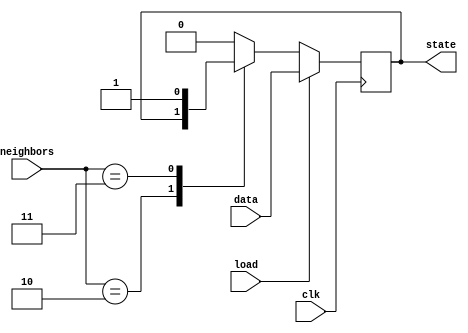

module machine(
    input clk,
    input load,
    input data,
    input [3:0] neighbors,
    output reg state
);
    always @(posedge clk)begin
        if(load)
            state <= data;
        else begin
            case (neighbors)
                4'd2:
                    state <= state;
                4'd3:
                    state <= 1;
                default: 
                    state <= 0;
            endcase
        end
    end
endmodule


module cellar (
    input clk,
    input load,
    input [255:0] data,
    output [255:0] q 
); 
    wire [255:0] west;
    wire [255:0] east;
    wire [255:0] north;
    wire [255:0] south;
    wire [255:0] northwest;
    wire [255:0] northeast;
    wire [255:0] southeast;
    wire [255:0] southwest;

    assign west = { q[240],q[255:241],q[224],q[239:225],  q[208],q[223:209],  q[192], q[207:193],
                    q[176],q[191:177],q[160],q[175:161],q[144],q[159:145],q[128], q[143:129],
                    q[112],q[127:113],q[96], q[111:97], q[80], q[95:81],  q[64],  q[79:65],
                    q[48], q[63:49],  q[32], q[47:33],  q[16], q[31:17],  q[0],   q[15:1]};    

    assign east = {
    q[254:240],q[255],
    q[238:224],q[239],
    q[222:208],q[223],
    q[206:192],q[207],
    q[190:176],q[191],
    q[174:160],q[175],
    q[158:144],q[159],
    q[142:128],q[143],
    q[126:112],q[127],
    q[110:96],q[111],
    q[94:80],q[95],
    q[78:64],q[79],
    q[62:48],q[63],
    q[46:32],q[47],
    q[30:16],q[31],
    q[14:0],q[15]};  

    assign north = {
        q[15:0],q[255:16]};  

    assign south = {
        q[239:0],
        q[255:240]}; 

    assign northwest = {
        q[0],q[15:1],
        q[240],q[255:241],
        q[224],q[239:225],
        q[208],q[223:209],
        q[192],q[207:193],
        q[176],q[191:177],
        q[160],q[175:161],
        q[144],q[159:145],
        q[128],q[143:129],
        q[112],q[127:113],
        q[96],q[111:97],
        q[80],q[95:81],
        q[64],q[79:65],
        q[48],q[63:49],
        q[32],q[47:33],
        q[16],q[31:17]};  

    assign northeast = {
    q[14:0],q[15],
    q[254:240],q[255],
    q[238:224],q[239],
    q[222:208],q[223],
    q[206:192],q[207],
    q[190:176],q[191],
    q[174:160],q[175],
    q[158:144],q[159],
    q[142:128],q[143],
    q[126:112],q[127],
    q[110:96],q[111],
    q[94:80],q[95],
    q[78:64],q[79],
    q[62:48],q[63],
    q[46:32],q[47],
    q[30:16],q[31]};  

    assign southwest = {
    q[224],q[239:225],
    q[208],q[223:209],
    q[192],q[207:193],
    q[176],q[191:177],
    q[160],q[175:161],
    q[144],q[159:145],
    q[128],q[143:129],
    q[112],q[127:113],
    q[96],q[111:97],
    q[80],q[95:81],
    q[64],q[79:65],
    q[48],q[63:49],
    q[32],q[47:33],
    q[16],q[31:17],
    q[0],q[15:1],
    q[240],q[255:241]}; 

    assign southeast = {
    q[238:224],q[239],    
    q[222:208],q[223],
    q[206:192],q[207],    
    q[190:176],q[191],
    q[174:160],q[175],    
    q[158:144],q[159],
    q[142:128],q[143],    
    q[126:112],q[127],
    q[110:96],q[111],    
    q[94:80],q[95],
    q[78:64],q[79],    
    q[62:48],q[63],
    q[46:32],q[47],    
    q[30:16],q[31],    
    q[14:0],q[15],
    q[254:240],q[255]}; 

    wire [1023:0]neighbor;

    
    generate
        genvar i;
        for (i = 0;i<256 ;i=i+1 ) begin:mutiadd
            assign neighbor[4*i+3:4*i] = west[i] + east[i] + north[i] + south[i] + northeast[i] + northwest[i] + southeast[i] + southwest[i]; 
        end
    endgenerate

    wire [255:0] nextstate;
    generate
        genvar j;
        for (j = 0;j<256 ;j=j+1 ) begin:automation
            machine mach(
                        .clk(clk),
                        .load(load),
                        .data(data[j]),
                        .neighbors(neighbor[j*4+3:j*4]),
                        .state(nextstate[j])
                        ); 
        end
    endgenerate

    assign q = nextstate;
endmodule